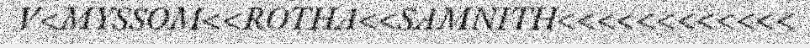
V<MYSSOM<<ROTHA<<SAMNITH<<<<<<<<<<<<